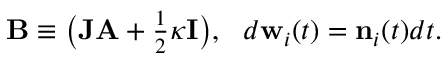
\begin{array} { r } { { \bf B } \equiv \big ( { { \bf J } { \bf A } + \frac { 1 } { 2 } \kappa { \bf I } } \big ) , \ \ d { \bf w } _ { i } ( t ) = { \bf n } _ { i } ( t ) d t . } \end{array}